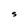
Character: S